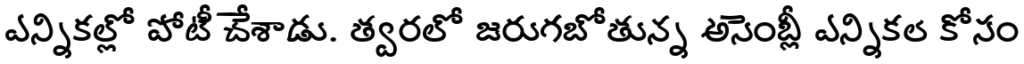
ఎన్నికల్లో పోటీ చేశాడు. త్వరలో జరుగబోతున్న అసెంబ్లీ ఎన్నికల కోసం